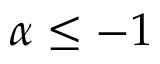
\alpha \leq - 1